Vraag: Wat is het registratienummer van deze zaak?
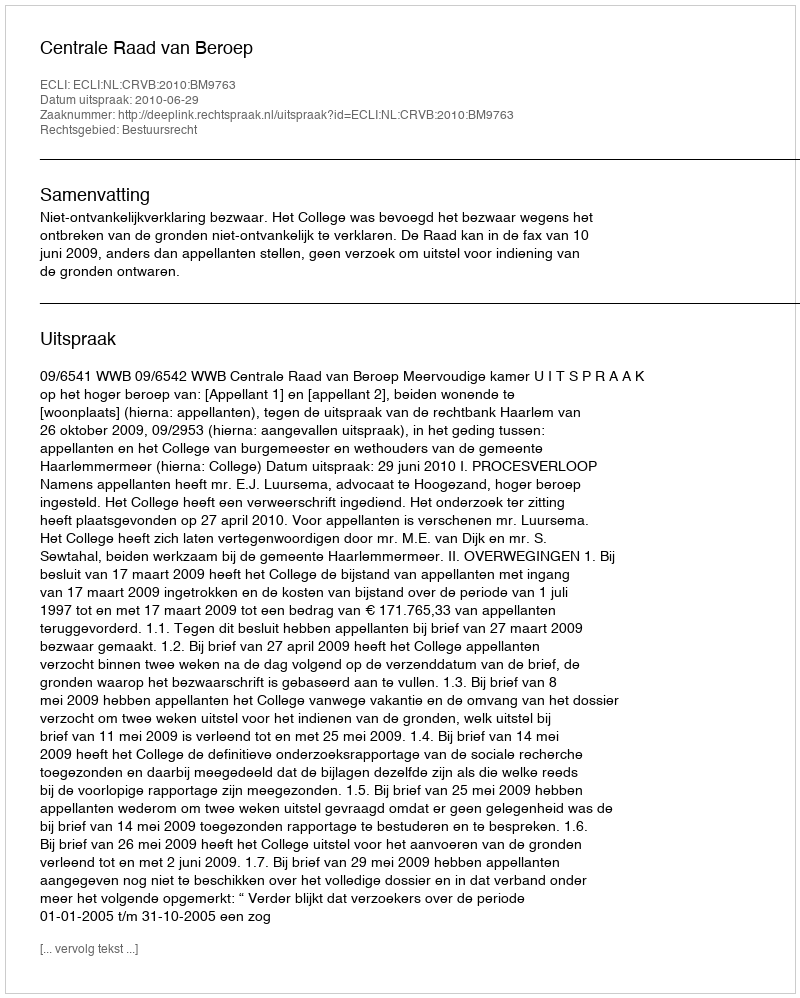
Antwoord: http://deeplink.rechtspraak.nl/uitspraak?id=ECLI:NL:CRVB:2010:BM9763